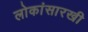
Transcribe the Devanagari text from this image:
लोकांसारखी